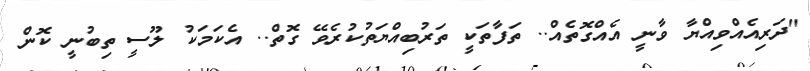
"ދަރިއެއްވިއްޔާ ވާނީ އެއްގޮތެއް.. ތަފާތަކީ ތަރުބިއްޔަތުކުރެވޭ ގޮތް.. އެކަމަކު ލޫސީ ތިބުނީ ކޮން